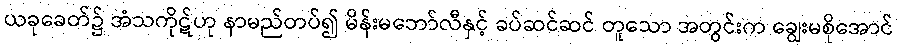
ယခုခေတ်၌ အံသကိုဋ်ဟု နာမည်တပ်၍ မိန်းမဘော်လီနှင့် ခပ်ဆင်ဆင် တူသော အတွင်းက ချွေးမစိုအောင်